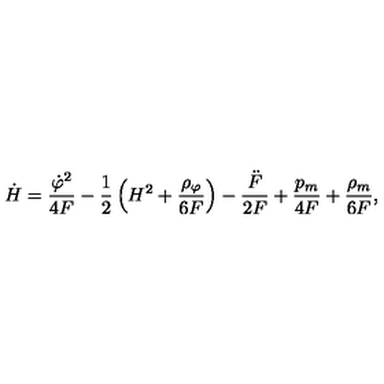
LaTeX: \dot { H } = \frac { { \dot { \varphi } } ^ { 2 } } { 4 F } - \frac { 1 } { 2 } \left( H ^ { 2 } + \frac { { \rho } _ { \varphi } } { 6 F } \right) - \frac { \ddot { F } } { 2 F } + \frac { p _ { m } } { 4 F } + \frac { \rho _ { m } } { 6 F } ,